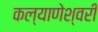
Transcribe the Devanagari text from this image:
कल्याणेश्वरी